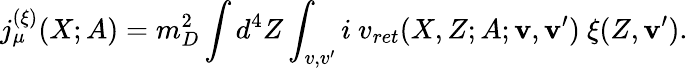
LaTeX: j_{\mu}^{(\xi)}(X;A)=m_{D}^{2}\int d^{4}Z\int_{v,v^{\prime}}i\ v_{ret}(X,Z;A;{\mathbf v},{\mathbf v}^{\prime})\ \xi(Z,{\mathbf v}^{\prime}).